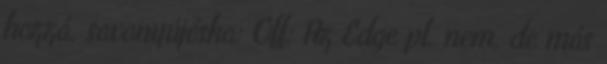
hozzá. savanyújóska: Off: Az Edge pl. nem, de más